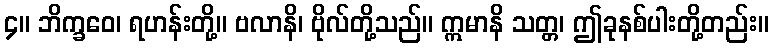
၄။ ဘိက္ခဝေ၊ ရဟန်းတို့။ ဗလာနိ၊ ဗိုလ်တို့သည်။ ဣမာနိ သတ္တ၊ ဤခုနစ်ပါးတို့တည်း။